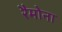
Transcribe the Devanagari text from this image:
रैमोना